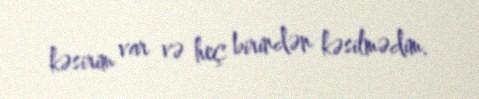
kəsirim var və heç birindən kəsilmədim.